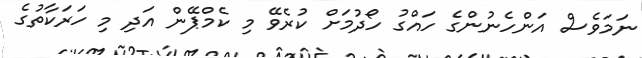
ނަމަވެސް އަންހެނުންގެ ހައްގު ހޯދުމަށް ކުރެވޭ މި ކެމްޕޭން އަދި މި ހަރަކާތުގެ